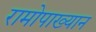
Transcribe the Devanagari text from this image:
रामोपाख्यान